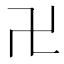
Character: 卍